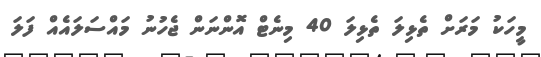
މީހަކު މަރަށް ތެޅިލަ ތެޅިލަ 40 މިނެޓް އޮންނަން ޖެހުނު މައްސަލައެއް ފަލަ